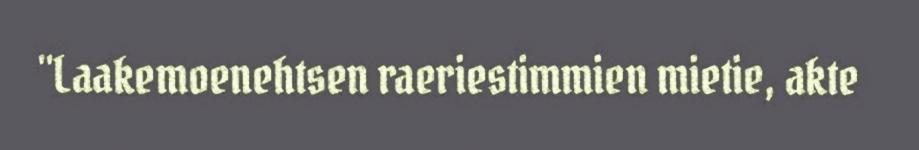
"Laakemoenehtsen raeriestimmien mietie, akte